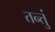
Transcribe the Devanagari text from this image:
तन्तुं